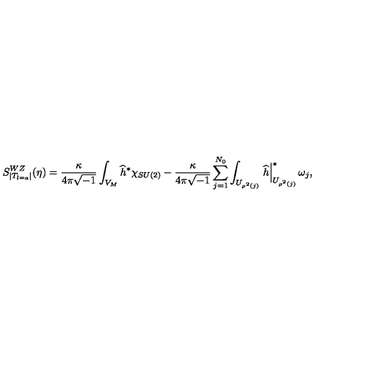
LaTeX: S _ { | T _ { l = a } | } ^ { W Z } ( \eta ) = \frac { \kappa } { 4 \pi \sqrt { - 1 } } \int _ { V _ { M } } \widehat { h } ^ { \ast } \chi _ { S U ( 2 ) } - \frac { \kappa } { 4 \pi \sqrt { - 1 } } \sum _ { j = 1 } ^ { N _ { 0 } } \int _ { U _ { \rho ^ { 2 } ( j ) } } \left. \widehat { h } \right| _ { U _ { \rho ^ { 2 } ( j ) } } ^ { \ast } \omega _ { j } ,